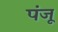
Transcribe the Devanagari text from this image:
पंजू